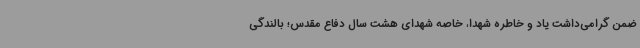
ضمن گرامی‌داشت یاد و خاطره شهدا، خاصه شهدای هشت سال دفاع مقدس؛ بالندگی